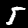
Label: 5